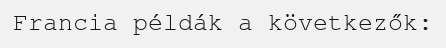
Francia példák a következők: